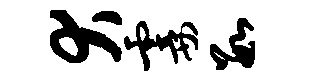
犬霎数